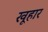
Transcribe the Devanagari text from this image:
खूहार